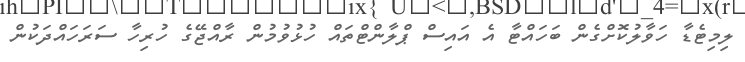
ލިމިޓެޑާ ހަވާލުކޮށްގެން ބަހައްޓާ އެ އައިސް ޕްލާންޓްތައް ހުޅުވުމުން ރާއްޖޭގެ ހުރިހާ ސަރަހައްދަކުން